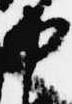
中